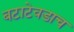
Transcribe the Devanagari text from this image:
बटाटेवडाच